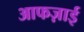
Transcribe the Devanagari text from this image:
आफज़ाई